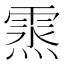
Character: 𩃯